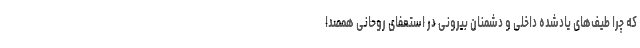
که چرا طیف‌های یادشده داخلی و دشمنان بیرونی در استعفای روحانی همصدا